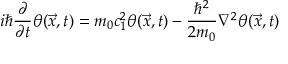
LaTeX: i \hbar \frac { \partial } { \partial t } \theta ( \vec { x } , t ) = m _ { 0 } c _ { 1 } ^ { 2 } \theta ( \vec { x } , t ) - \frac { \hbar ^ { 2 } } { 2 m _ { 0 } } \nabla ^ { 2 } \theta ( \vec { x } , t )